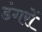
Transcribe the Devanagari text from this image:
डंगरों